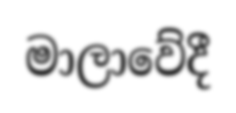
මාලාවේදී